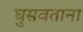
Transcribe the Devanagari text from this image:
घुसवताना